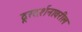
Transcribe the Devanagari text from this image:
दूरदर्शनावरील